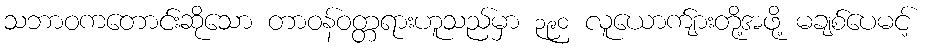
သဘာဝကတောင်းဆိုသော တာဝန်ဝတ္တရားဟူသည်မှာ ၃၉၀ လူယောက်ျားတို့အဖို့ မချစ်ပေမင့်